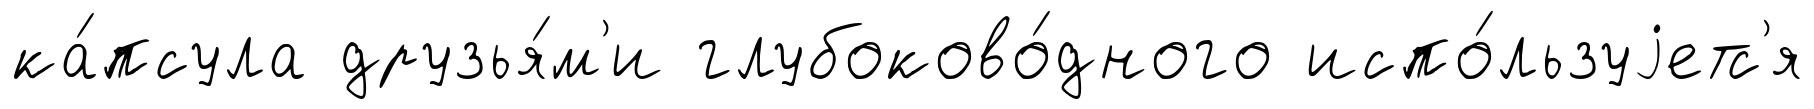
ка́псула друзья́м'и глубоково́дного испо́льзуjетс'я